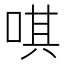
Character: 唭